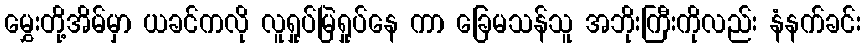
မွှေးတို့အိမ်မှာ ယခင်ကလို လူရှုပ်မြဲရှုပ်နေ ကာ ခြေမသန်သူ အဘိုးကြီးကိုလည်း နံနက်ခင်း